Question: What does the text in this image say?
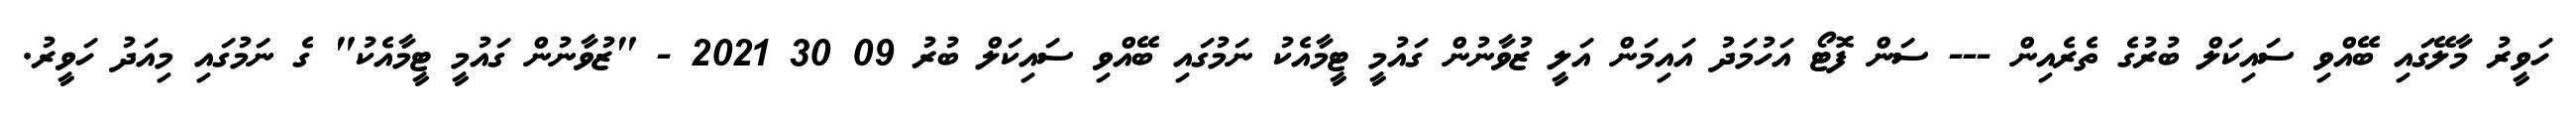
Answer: ހަވީރު މާލޭގައި ބޭއްވި ސައިކަލް ބުރުގެ ތެރެއިން --- ސަން ފޮޓޯ އަހުމަދު އައިމަން އަލީ ޒުވާނުން ގައުމީ ޓީމާއެކު ނަމުގައި ބޭއްވި ސައިކަލް ބުރު 09 30 2021 - "ޒުވާނުން ގައުމީ ޓީމާއެކު" ގެ ނަމުގައި މިއަދު ހަވީރު.